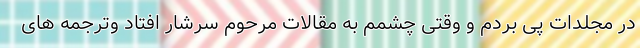
در مجلدات پی بردم و وقتی چشمم به مقالات مرحوم سرشار افتاد وترجمه های